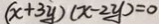
( x + 3 y ) ( x - 2 y ) = 0